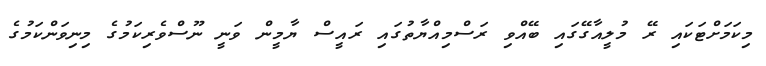
މިކަމަށްޓަކައި ރޭ މުލީއާގޭގައި ބޭއްވި ރަސްމިއްޔާތުގައި ރައީސް ޔާމީން ވަނީ ނޫސްވެރިކަމުގެ މިނިވަންކަމުގެ